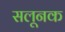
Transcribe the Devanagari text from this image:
सलूनक